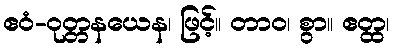
ဧဝံ-ဝုတ္တနယေန၊ ဖြင့်။ တာဝ၊ စွာ။ ဧတ္ထ၊